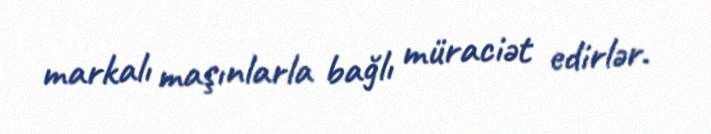
markalı maşınlarla bağlı müraciət edirlər.